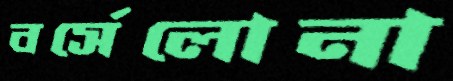
বর্সেলোনা